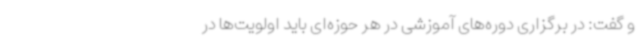
و گفت: در برگزاری دوره‌های آموزشی در هر حوزه‌ای باید اولویت‌ها در